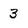
Character: 3